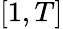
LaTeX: [1,T]